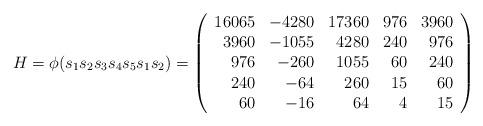
LaTeX: \begin{align*}H = \phi(s_1s_2s_3s_4s_5s_1s_2) = \left(\begin{array}{rrrrr} 16065 & -4280 & 17360 & 976 & 3960 \\ 3960 & -1055 & 4280 & 240 & 976 \\ 976 & -260 & 1055 & 60 & 240 \\ 240 & -64 & 260 & 15 & 60 \\ 60 & -16 & 64 & 4 & 15 \end{array}\right)\end{align*}